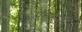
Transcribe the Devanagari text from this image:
अलेज़ैनड्रीं